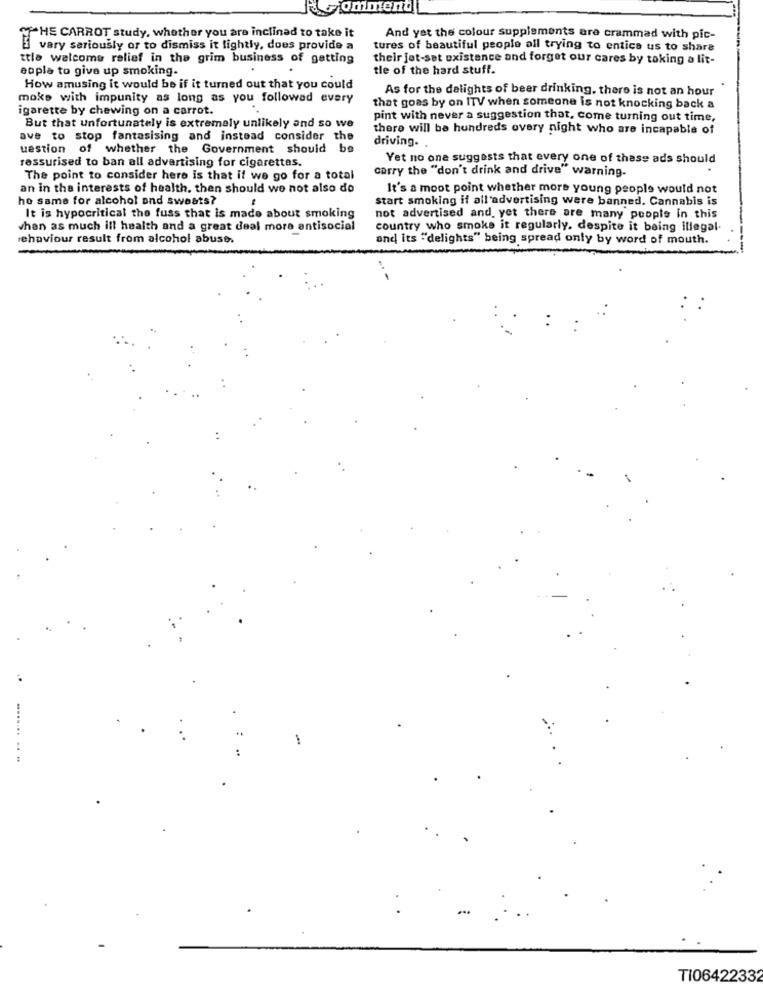
omment
THE CARROT study, whether you are inclined to take it
And yet the colour supplements are crammad with pic-
very seriously or to dismiss it lightly, does provide a
tures of beautiful people all trying to entice us to share
ttle welcome relief in the grim business of getting
their jet-set existence and forget our cares by taking a lit-
eople to give up smoking.
tle of the hard stuff.
How amusing it would be if it turned out that you could
As for the delights of beer drinking, there is not an hour
moke with impunity as long as you followad every
igarette by chewing on a carrot.
that goes by on ITV when someone is not knocking back a
pint with never a suggestion that, come turning out time,
But that unfortunately is extremely unlikely and so we
there will be hundreds overy night who are incapable of
ave to stop fantasising and instead consider the
driving.
uestion of whether the Government should be
ressurised to ban all advertising for cigarettas.
Yet no one suggests that every one of these ads should
carry the "don't drink and drive" warning.
The point to consider here is that it we go for a total
an in the interests of health. then should we not also do
It's a moot point whether more young people would not
ho same for alcohol and sweats?
start smoking if all advertising were banned. Cannabis is
It is hypocritical the fuss that is made about smoking
not advertised and, yet there are many people in this
when as much ill health and a great deal more antisocial
country who smoke it regularly. despite it being illegal.
rehaviour result from alcohol abuse.
and its "'delights" being spread only by word of mouth.
-
........ .. ..
TI06422332